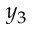
y _ { 3 }